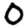
Digit: 0